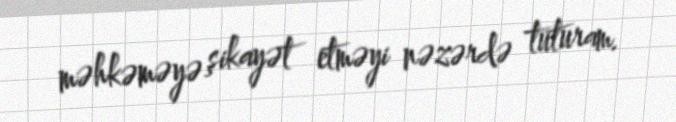
məhkəməyə şikayət etməyi nəzərdə tuturam.